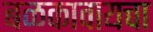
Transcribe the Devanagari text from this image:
बळकावायचा